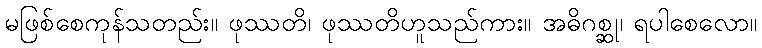
မဖြစ်စေကုန်သတည်း။ ဖုဿတိ၊ ဖုဿတိဟူသည်ကား။ အဓိဂစ္ဆု၊ ရပါစေလော။